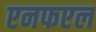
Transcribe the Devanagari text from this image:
एनफएल